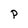
Character: P